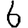
Digit: 6